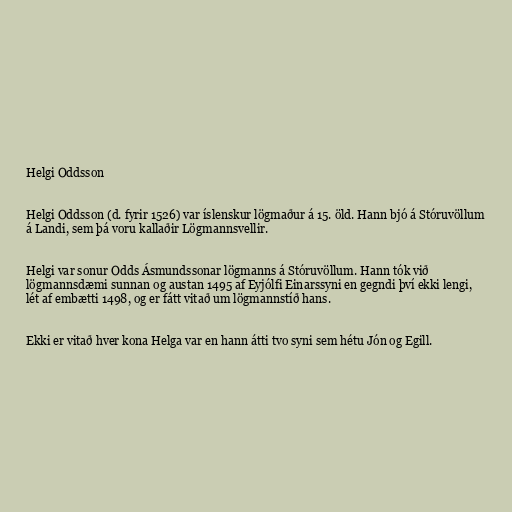
Helgi Oddsson

Helgi Oddsson (d. fyrir 1526) var íslenskur lögmaður á 15. öld. Hann bjó á Stóruvöllum
á Landi, sem þá voru kallaðir Lögmannsvellir.

Helgi var sonur Odds Ásmundssonar lögmanns á Stóruvöllum. Hann tók við
lögmannsdæmi sunnan og austan 1495 af Eyjólfi Einarssyni en gegndi því ekki lengi,
lét af embætti 1498, og er fátt vitað um lögmannstíð hans.

Ekki er vitað hver kona Helga var en hann átti tvo syni sem hétu Jón og Egill.